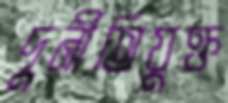
দুর্নীতিযুক্ত